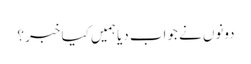
دونوں نے جواب دیا ہمیں کیا خبر ؟